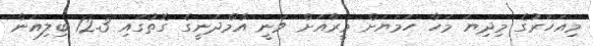
މިއަހަރުގެ މިދިޔަ މަހާ ހަމަޔަށް މީރާއަށް ވަނީ އާމްދަނީގެ ގޮތުގައި 12.3 ބިލިއަން